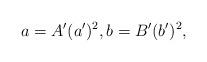
LaTeX: \begin{align*}a=A^\prime (a^\prime)^2,b=B^\prime (b^\prime)^2,\end{align*}